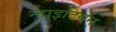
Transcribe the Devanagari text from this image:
न्हाइटियन्